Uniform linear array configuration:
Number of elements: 64
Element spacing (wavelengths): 0.25
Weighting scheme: exponential
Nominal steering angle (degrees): -15
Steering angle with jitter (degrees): -14.475
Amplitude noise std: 0.05
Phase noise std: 0.05

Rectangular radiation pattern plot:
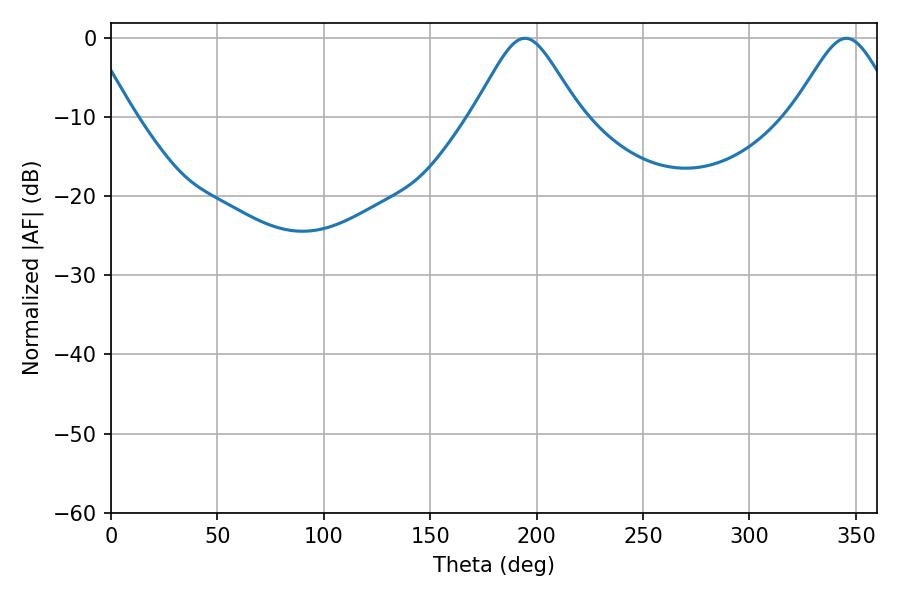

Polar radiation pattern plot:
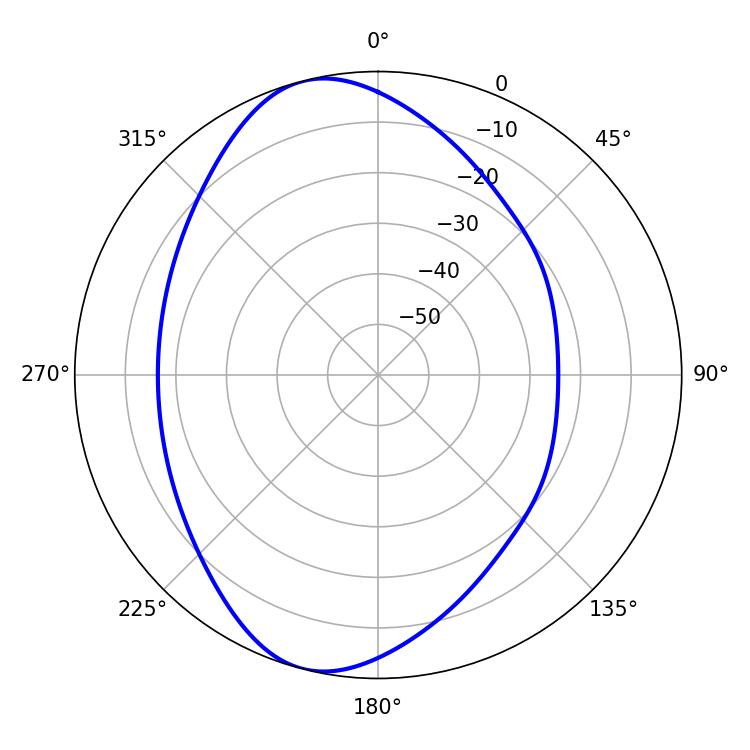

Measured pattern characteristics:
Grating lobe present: FALSE
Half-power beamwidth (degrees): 24.3
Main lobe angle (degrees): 194.4